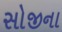
સોજીના